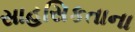
સાહસિકતાના